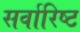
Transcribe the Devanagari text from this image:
सर्वारिष्ट